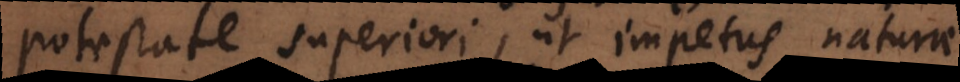
potestate superiori, ut impetus naturae